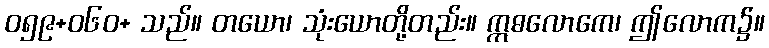
ဝ၅၉+၀၆ဝ+ သည်။ တယော၊ သုံးယောတို့တည်း။ ဣဓလောကေ၊ ဤလောက၌။